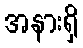
အနားရှိ